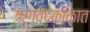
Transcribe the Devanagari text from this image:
ऋग्वेदकाळात